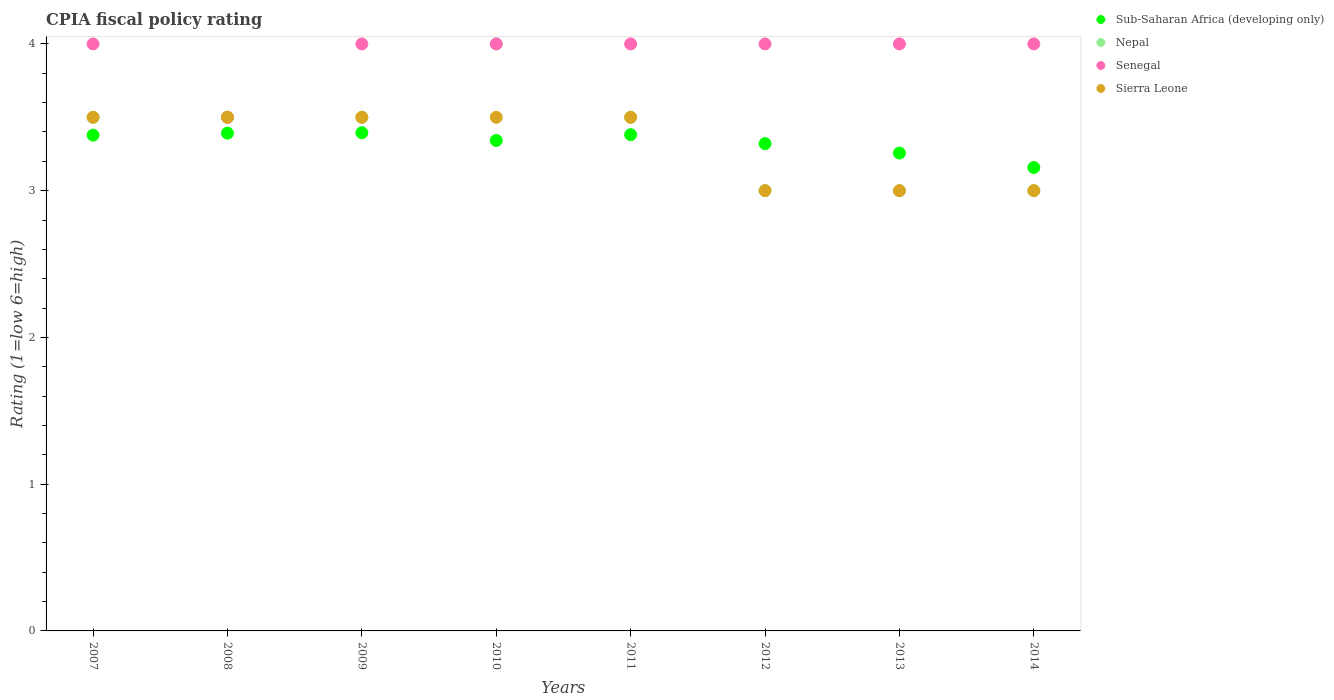
| Years | Sub-Saharan Africa (developing only) | Nepal | Senegal | Sierra Leone |
 | --- | --- | --- | --- | --- |
 | 2007 | 3.38 | 3.5 | 4 | 3.5 |
 | 2008 | 3.39 | 3.5 | 3.5 | 3.5 |
 | 2009 | 3.39 | 3.5 | 4 | 3.5 |
 | 2010 | 3.34 | 4 | 4 | 3.5 |
 | 2011 | 3.38 | 3.5 | 4 | 3.5 |
 | 2012 | 3.32 | 3 | 4 | 3 |
 | 2013 | 3.26 | 3 | 4 | 3 |
 | 2014 | 3.16 | 3 | 4 | 3 |